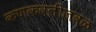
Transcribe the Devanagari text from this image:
कणकवलीजवळ